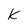
Character: K